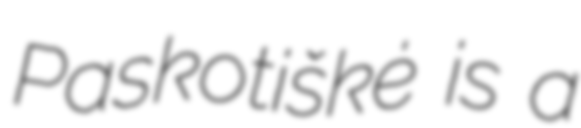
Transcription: Paskotiškė is a